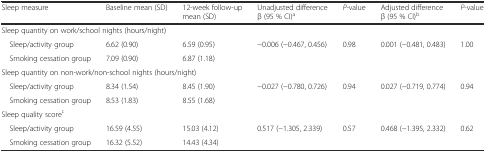
<table><thead><tr><td><b>Sleep measure</b></td><td><b>Baseline mean (SD)</b></td><td><b>12-week follow-up mean (SD)</b></td><td><b>Unadjusted difference β (95 % CI)<sup>a</sup></b></td><td><b><i>P</i>-value</b></td><td><b>Adjusted difference β (95 % CI)<sup>b</sup></b></td><td><b><i>P</i>-value</b></td></tr></thead><tbody><tr><td colspan="7">Sleep quantity on work/school nights (hours/night)</td></tr><tr><td> Sleep/activity group</td><td>6.62 (0.90)</td><td>6.59 (0.95)</td><td rowspan="2">−0.006 (−0.467, 0.456)</td><td rowspan="2">0.98</td><td rowspan="2">0.001 (−0.481, 0.483)</td><td rowspan="2">1.00</td></tr><tr><td> Smoking cessation group</td><td>7.09 (0.90)</td><td>6.87 (1.18)</td></tr><tr><td colspan="7">Sleep quantity on non-work/non-school nights (hours/night)</td></tr><tr><td> Sleep/activity group</td><td>8.34 (1.54)</td><td>8.45 (1.90)</td><td rowspan="2">−0.027 (−0.780, 0.726)</td><td rowspan="2">0.94</td><td rowspan="2">0.027 (−0.719, 0.774)</td><td rowspan="2">0.94</td></tr><tr><td> Smoking cessation group</td><td>8.53 (1.83)</td><td>8.55 (1.68)</td></tr><tr><td colspan="7">Sleep quality score<sup>c</sup></td></tr><tr><td> Sleep/activity group</td><td>16.59 (4.55)</td><td>15.03 (4.12)</td><td rowspan="2">0.517 (−1.305, 2.339)</td><td rowspan="2">0.57</td><td rowspan="2">0.468 (−1.395, 2.332)</td><td rowspan="2">0.62</td></tr><tr><td> Smoking cessation group</td><td>16.32 (5.52)</td><td>14.43 (4.34)</td></tr></tbody></table>